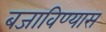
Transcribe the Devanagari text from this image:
बजाविण्यास